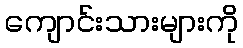
ကျောင်းသားများကို